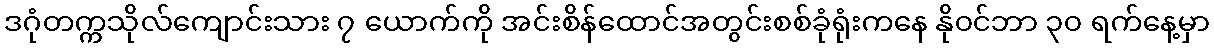
ဒဂုံတက္ကသိုလ်ကျောင်းသား ၇ ယောက်ကို အင်းစိန်ထောင်အတွင်းစစ်ခုံရုံးကနေ နို၀င်ဘာ ၃၀ ရက်နေ့မှာ